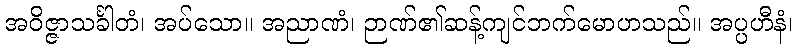
အဝိဇ္ဇာသင်္ခါတံ၊ အပ်သော။ အညာဏံ၊ ဉာဏ်၏ဆန့်ကျင်ဘက်မောဟသည်။ အပ္ပဟီနံ၊